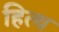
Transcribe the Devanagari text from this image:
हित्थ